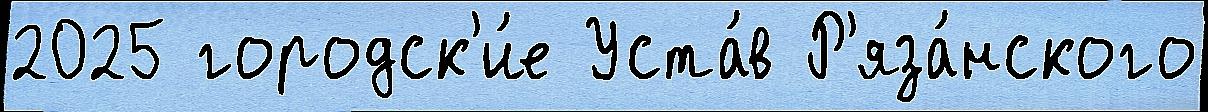
2025 городск'и́е Уста́в Р'яза́нского